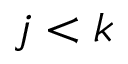
j < k